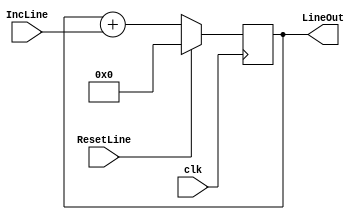
`timescale 1fs/1fs
module line_counter(LineOut, clk, ResetLine, IncLine,);
  //inputs
  input clk, ResetLine, IncLine ;
  wire clk, ResetLine, IncLine ;

  //outputs
  output [9:0] LineOut;
  reg [9:0] LineOut = 0;

  initial
  begin
    LineOut = 0;
  end

  always @(posedge clk )
  begin
    if(ResetLine == 1) begin
      LineOut <= 0;
    end
    else begin
      LineOut <= LineOut + IncLine;
    end
  end
endmodule